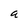
Character: a